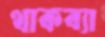
থাকব্যা